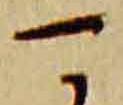
可